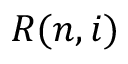
R ( n , i )